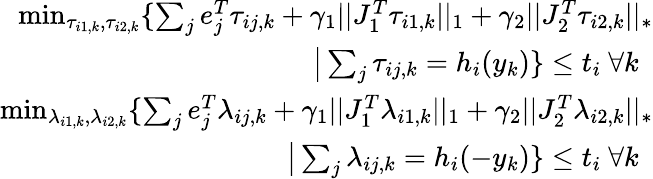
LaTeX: \begin{array}{r}{\operatorname*{min}_{\tau_{i1,k},\tau_{i2,k}}\{ \sum_{j}e_{j}^{T}\tau_{ij,k}+\gamma_{1}||J_{1}^{T}\tau_{i1,k}||_{1}+\gamma_{2}||J_{2}^{T}\tau_{i2,k}||_{*}}\\ {\big|\sum_{j}\tau_{ij,k}=h_{i}(y_{k})\} \le t_{i}~\forall k~~}\\ {\operatorname*{min}_{\lambda_{i1,k},\lambda_{i2,k}}\{ \sum_{j}e_{j}^{T}\lambda_{ij,k}+\gamma_{1}||J_{1}^{T}\lambda_{i1,k}||_{1}+\gamma_{2}||J_{2}^{T}\lambda_{i2,k}||_{*}}\\ {\big|\sum_{j}\lambda_{ij,k}=h_{i}(-y_{k})\} \le t_{i}~\forall k~~}\end{array}